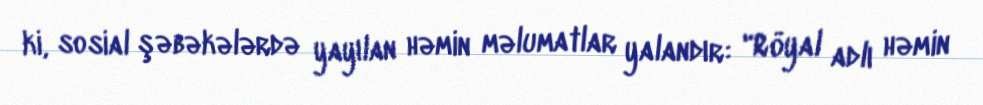
ki, sosial şəbəkələrdə yayılan həmin məlumatlar yalandır: "Röyal adlı həmin